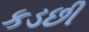
કડછી